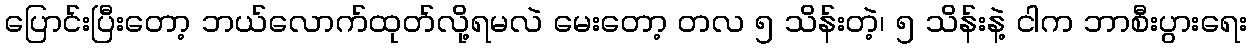
ပြောင်းပြီးတော့ ဘယ်လောက်ထုတ်လို့ရမလဲ မေးတော့ တလ ၅ သိန်းတဲ့၊ ၅ သိန်းနဲ့ ငါက ဘာစီးပွားရေး